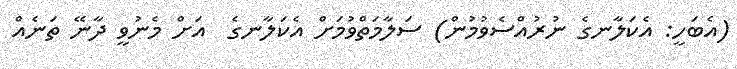
(އެބަހީ: އެކަލާނގެ ނުރުއްސެވުމުން) ސަލާމަތްވުމަށް އެކަލާނގެ  އަށް މެނުވީ ދާނޭ ތަނެއް